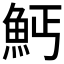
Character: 𲌱